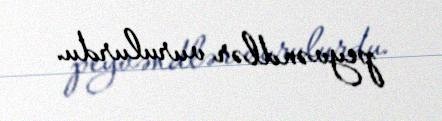
peyvəndlər vurulurdu.